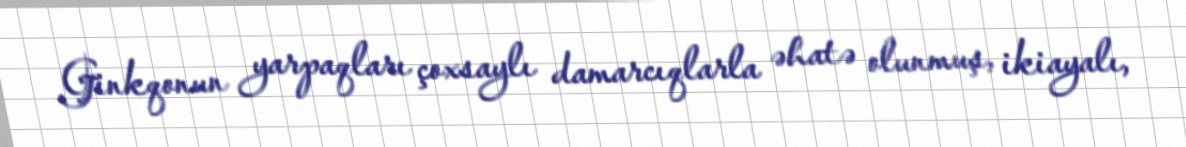
Ginkqonun yarpaqları çoxsaylı damarcıqlarla əhatə olunmuş, ikiayalı,